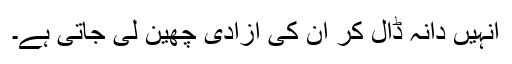
انہیں دانہ ڈال کر ان کی آزادی چھین لی جاتی ہے۔